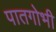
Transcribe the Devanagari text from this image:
पातगोभी